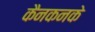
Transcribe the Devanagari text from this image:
कैनकनके